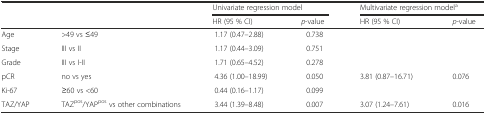
| <ROWSPAN=2>  | <ROWSPAN=2>  | <COLSPAN=2> Univariate regression model | <COLSPAN=2> Multivariate regression modela |
 | HR (95 % CI) | p-value | HR (95 % CI) | p-value |
 | --- | --- | --- | --- | --- | --- |
 | Age | >49 vs ≤49 | 1.17 (0.47–2.88) | 0.738 |  |  |
 | Stage | III vs II | 1.17 (0.44–3.09) | 0.751 |  |  |
 | Grade | III vs I-II | 1.71 (0.65–4.52) | 0.278 |  |  |
 | pCR | no vs yes | 4.36 (1.00–18.99) | 0.050 | 3.81 (0.87–16.71) | 0.076 |
 | Ki-67 | ≥60 vs <60 | 0.44 (0.16–1.17) | 0.099 |  |  |
 | TAZ/YAP | TAZpos/YAPpos vs other combinations | 3.44 (1.39–8.48) | 0.007 | 3.07 (1.24–7.61) | 0.016 |